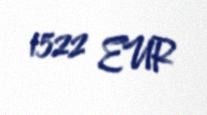
1522 EUR